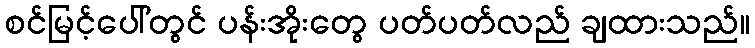
စင်မြင့်ပေါ်တွင် ပန်းအိုးတွေ ပတ်ပတ်လည် ချထားသည်။